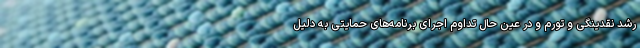
رشد نقدینگی و تورم و در عین حال تداوم اجرای برنامه‌های حمایتی به دلیل